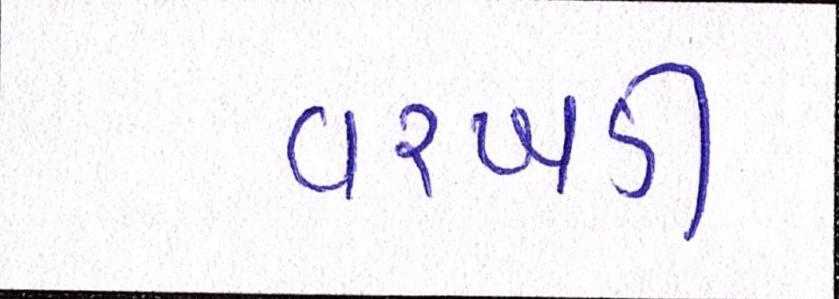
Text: વરખડી